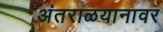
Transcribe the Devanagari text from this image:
अंतराळयानावर